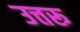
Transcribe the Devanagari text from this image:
उत्तरू